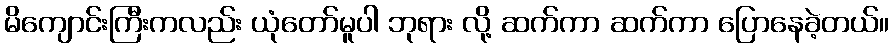
မိကျောင်းကြီးကလည်း ယုံတော်မူပါ ဘုရား လို့ ဆက်ကာ ဆက်ကာ ပြောနေခဲ့တယ်။